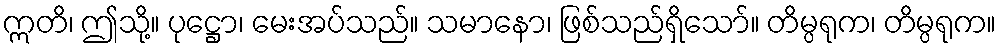
ဣတိ၊ ဤသို့။ ပုဋ္ဌော၊ မေးအပ်သည်။ သမာနော၊ ဖြစ်သည်ရှိသော်။ တိမ္ပရုက၊ တိမ္ပရုက။